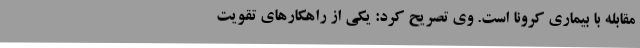
مقابله با بیماری کرونا است. وی تصریح کرد: یکی از راهکارهای تقویت